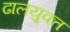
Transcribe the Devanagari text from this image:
ढालयुक्त